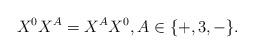
LaTeX: \begin{align*}X^{0}X^{A}=X^{A}X^{0},A\in\{+,3,-\}.\end{align*}